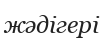
жәдігері